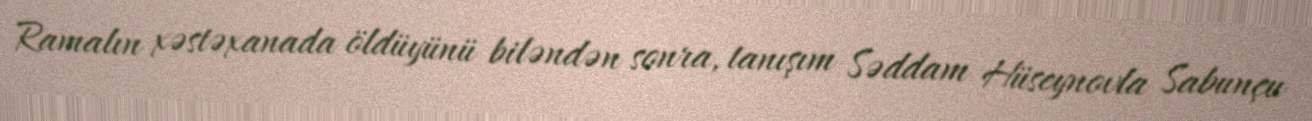
Ramalın xəstəxanada öldüyünü biləndən sonra, tanışım Səddam Hüseynovla Sabunçu